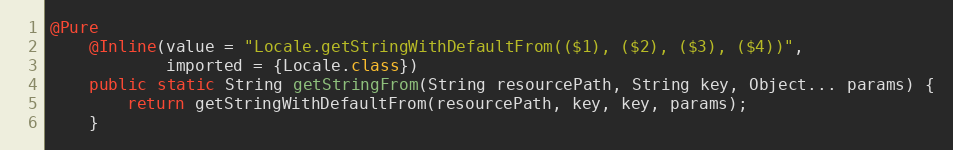
Language: Java
@Pure
	@Inline(value = "Locale.getStringWithDefaultFrom(($1), ($2), ($3), ($4))",
			imported = {Locale.class})
	public static String getStringFrom(String resourcePath, String key, Object... params) {
		return getStringWithDefaultFrom(resourcePath, key, key, params);
	}